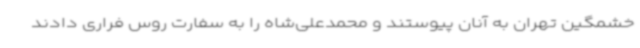
خشمگین تهران به آنان پیوستند و محمدعلی‌شاه را به سفارت روس فراری دادند